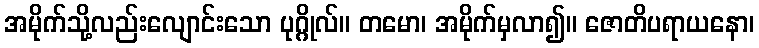
အမိုက်သို့လည်းလျောင်းသော ပုဂ္ဂိုလ်။ တမော၊ အမိုက်မှလာ၍။ ဇောတိပရာယနော၊